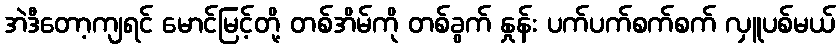
အဲဒီတော့ကျရင် မောင်မြင့်တို့ တစ်အိမ်ကို တစ်ခွက် နှုန်း ပက်ပက်စက်စက် လှူပစ်မယ်